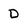
Character: D